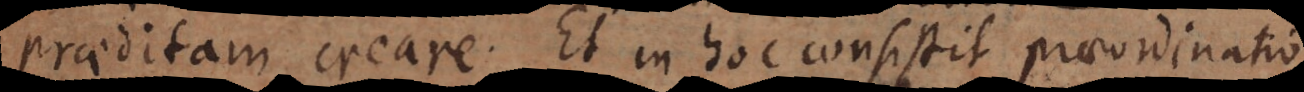
praeditam creare. Et in hoc consistit praeordinatio.